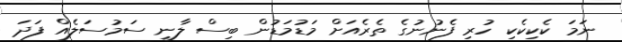
ނަމަ ކެކިކެކި ހުރި ފެނުނުގެ ތެރެއަށް މަޑުމަޑުން ބިސް ލާނީ ސަމުސަލެއް ފަދަ